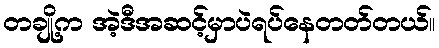
တချို့က အဲ့ဒီအဆင့်မှာပဲရပ်နေတတ်တယ်။